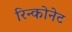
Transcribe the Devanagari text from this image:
रिन्कोनेट